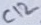
Text: C12